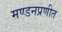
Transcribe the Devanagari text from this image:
मण्डनप्रणीत